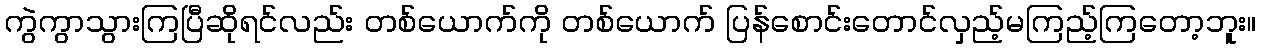
ကွဲကွာသွားကြပြီဆိုရင်လည်း တစ်ယောက်ကို တစ်ယောက် ပြန်စောင်းတောင်လှည့်မကြည့်ကြတော့ဘူး။